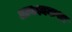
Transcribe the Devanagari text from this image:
आवश्यकथा